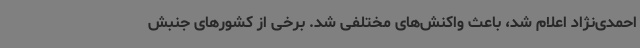
احمدی‌نژاد اعلام شد، باعث واکنش‌های مختلفی شد. برخی از کشورهای جنبش